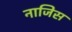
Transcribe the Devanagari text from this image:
नाजिस